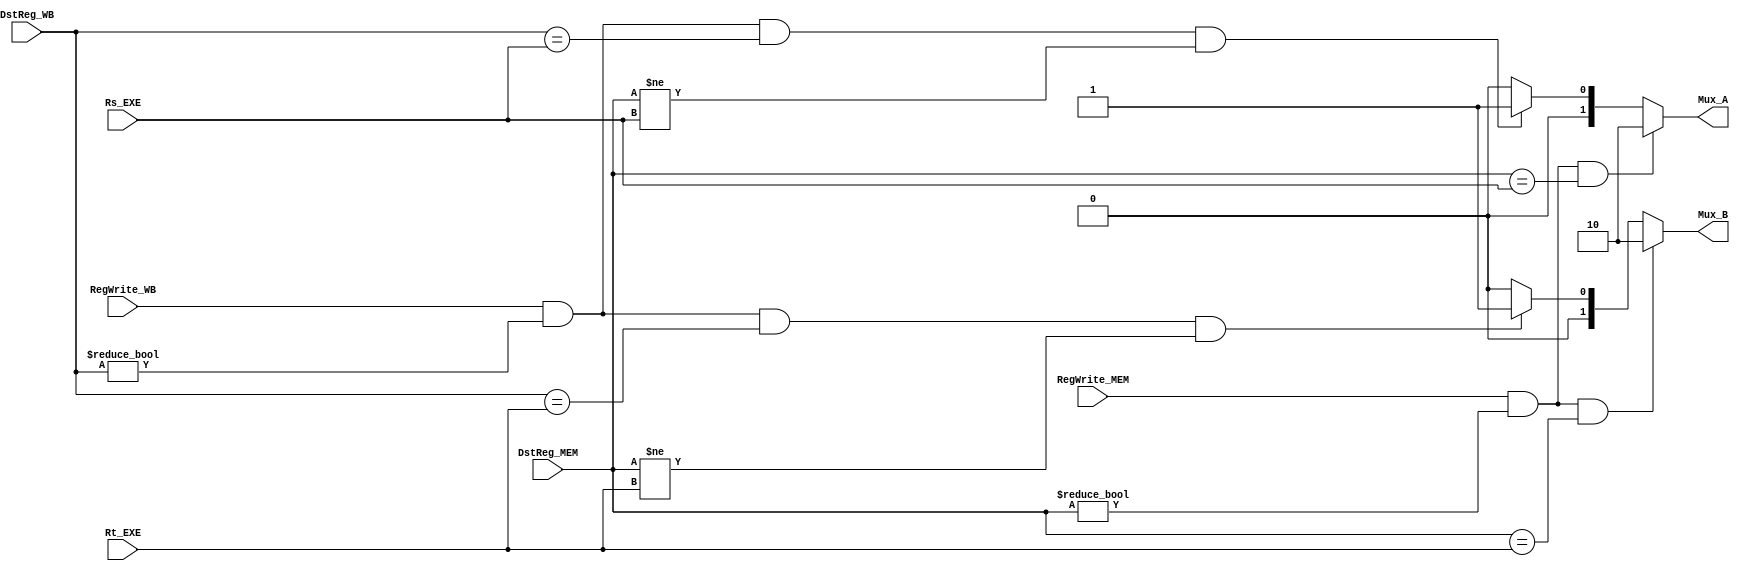
//////////////////////////////////////////////////////////////////////////////////
// Description: 
//
//	
// Revision: 		1.0
// Additional Comments: 
//
//////////////////////////////////////////////////////////////////////////////////


module FWUnit (
	input  RegWrite_MEM,
	input  RegWrite_WB,
	input  [4:0] DstReg_MEM,
	input  [4:0] DstReg_WB,
	input  [4:0] Rt_EXE,
	input  [4:0] Rs_EXE,
	
	output [1:0] Mux_A,
	output [1:0] Mux_B
	);
	
	reg [1:0] rMux_A;
	reg [1:0] rMux_B;
	
	always @(*) begin
		if (RegWrite_MEM && (DstReg_MEM != 0) && (DstReg_MEM == Rs_EXE)) begin
			rMux_A = 2'b10;
		end else if(RegWrite_WB && (DstReg_WB != 0) && (DstReg_WB == Rs_EXE) && (DstReg_MEM != Rs_EXE)) begin 
			rMux_A = 2'b01;
		end else begin
			rMux_A = 2'b0;
		end
		if(RegWrite_MEM && (DstReg_MEM != 0) && (DstReg_MEM == Rt_EXE)) begin 
			rMux_B = 2'b10;
		end else if(RegWrite_WB && (DstReg_WB != 0) && (DstReg_WB == Rt_EXE) && (DstReg_MEM != Rt_EXE)) begin 
			rMux_B = 2'b01;
		end else begin
			rMux_B = 2'b0;
		end
	end
	
	assign Mux_A = rMux_A;
	assign Mux_B = rMux_B;
endmodule